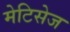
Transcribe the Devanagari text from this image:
मेटिसेज